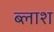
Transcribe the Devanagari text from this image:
ब्लाश